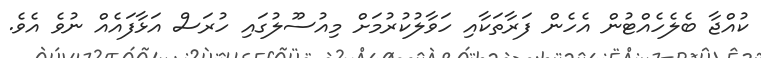
ކުއްޖާ ބެލެހެއްޓުން އެެހެން ފަރާތަކާއި ހަވާލުކުރުމަށް މިއުސޫލުގައި ހުރަސް އަޅާފައެއް ނުވެ އެެވެ.